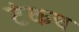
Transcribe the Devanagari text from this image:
टंकच